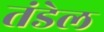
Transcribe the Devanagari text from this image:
तंडेल